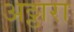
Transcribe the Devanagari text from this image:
अठ्ठारा